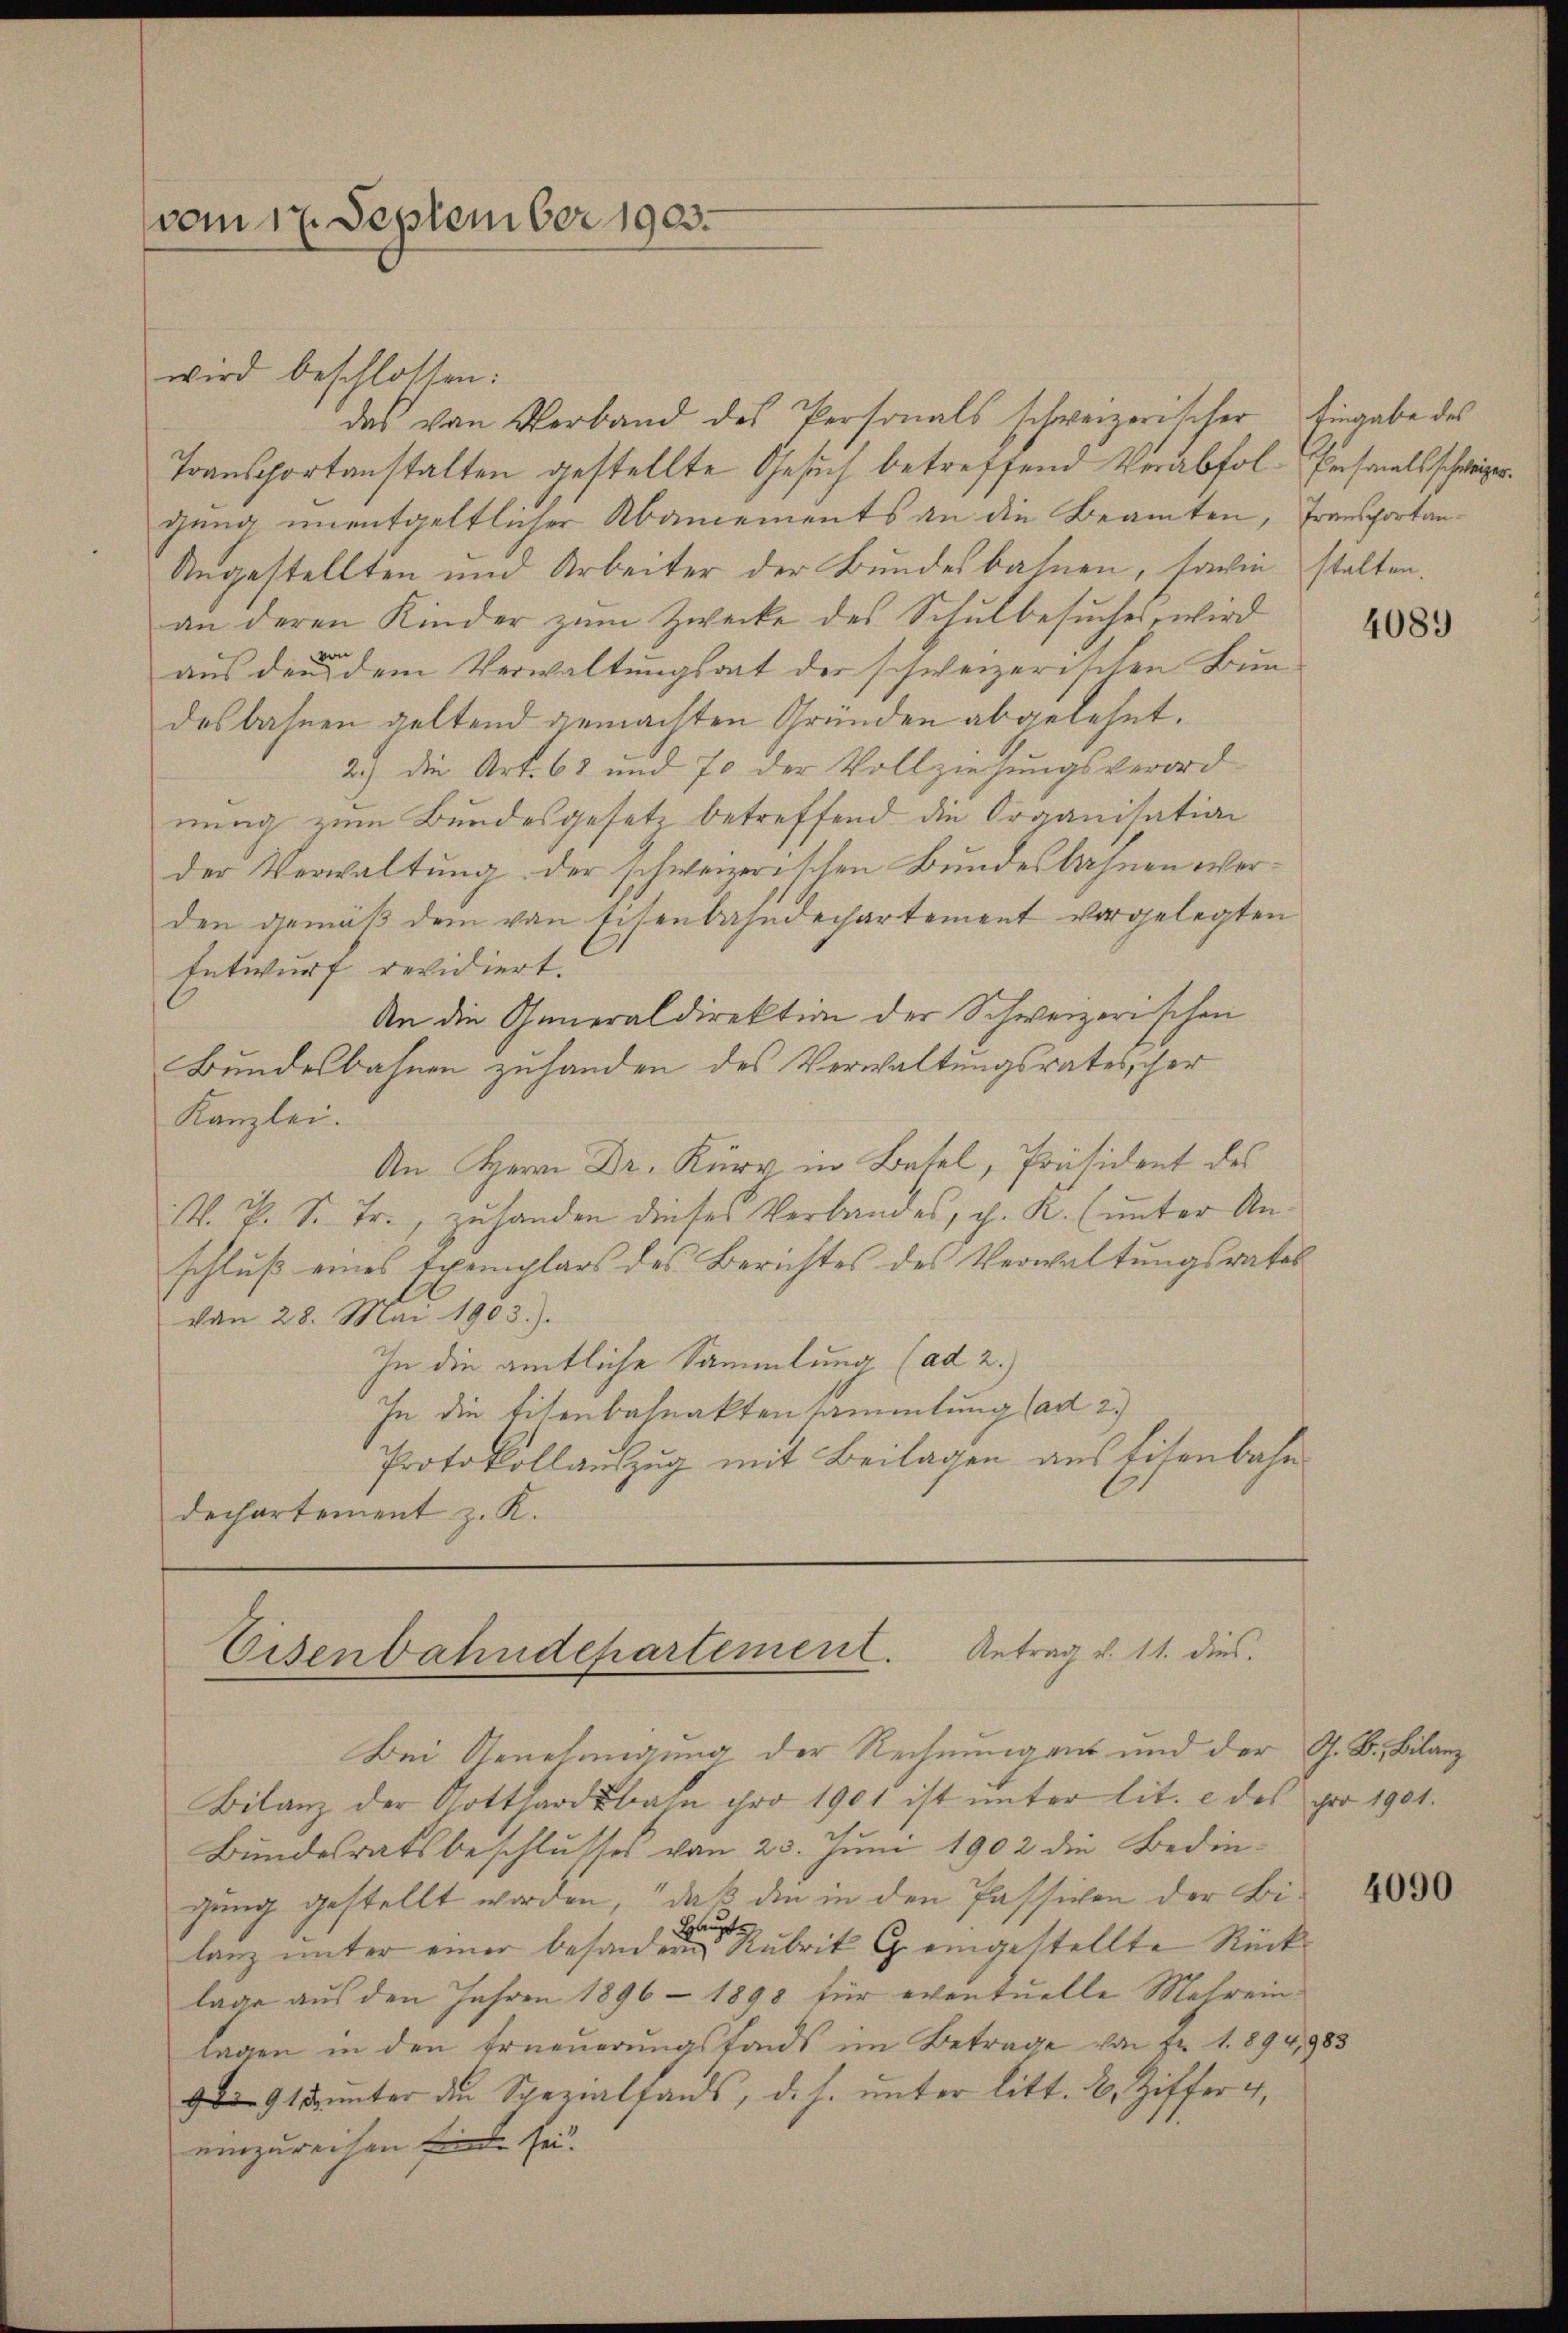
vom 17. September 1903.

das von Verband des Personals schweizerischer Eingabe des
Transportanstalten gestellte Gesuch betreffend Verabfol-Personals schweizergung unentgeltlicher Abamements an die Beamten, Transportan¬
Angestellten und Arbeiter der Bundesbahnen, sowie stalten.
an deren Kinder zŭm Zwecke des Schŭlbesŭches, wird
aus den dem Verwaltungsrat der schweizerischen Brundesbahnen geltend gemachten Gründen abgelehnt.
2.) Die Art. 63 und 70 der Vollziehungsverordnung zum Bundesgesetz betreffend die Organisation
der Verwaltung der schweizerischen Bundesbahnen werden gemäß dem von Eisenbahndechartement vorgelegten
Entwurf revidiert.
An die Generaldirektion der Schweizerischen
Bundesbahnen zuhanden des Verwaltungsratesscher
Kanzlei.
An Herrn Dr. Kurz in Batel, Präsident des
V. P. S. Fr., zuhanden dieses Verbandes, d. R. (unter Anschlŭβ eines Exemplars des Berichtes des Verwaltŭngsrates
von 28. Mai 1903.).
In die amtliche Sammlung (ad 2.)
In die Eisenbahnaktensammlung (ad 2.)
Protokollauszug mit Beilagen aus Eisenbahn
Dechartement z. K.

wird beschlossen:

Eisenbahndepartement. Antrag v. 11. dies

Bei Genehmigung der Rechnungent und der G. B. Bilanz
Bilanz der Gotthardbahn ihre 1901 ist unter lit. e des pro 1901.
Bundesratsbeschlusses von 25. Juni 1902 die Bedingung gestellt worden, daß die in den Passiven der Bilanz unter einer besandten Rubrik C. eingestellte Rücklage aus den Jahren 1896 - 1890 für eventuelle Mehreinlagen in den Erneuerungsfonds im Betrage von Fr. 1. 894,983
91 unter die Spezialfands, d. h. unter litt. 2. Ziffer 4,
einzureichen finde sei.

4089

4090